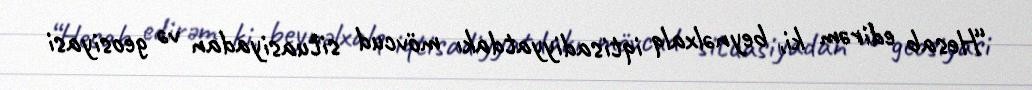
“Hesab edirəm ki, beynəlxalq iqtisadiyyatdakı mövcud situasiyadan və geosiyasi